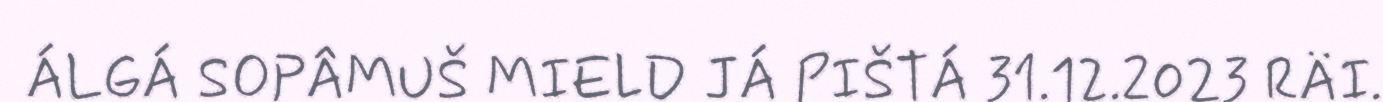
ÁLGÁ SOPÂMUŠ MIELD JÁ PIŠTÁ 31.12.2023 RÄI.